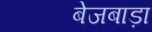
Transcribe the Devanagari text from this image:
बेजबाड़ा